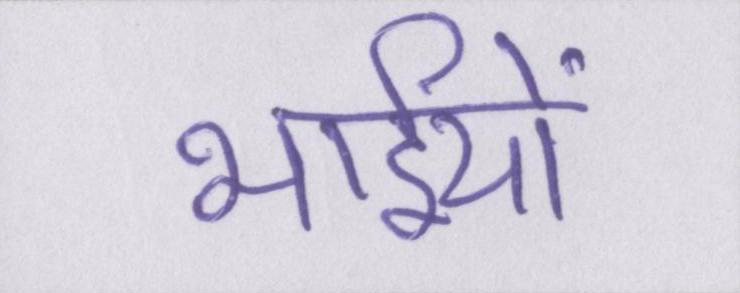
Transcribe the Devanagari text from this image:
भाईयों